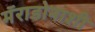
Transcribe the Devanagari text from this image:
मॅराडोनाशी